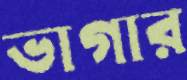
ভাগার